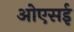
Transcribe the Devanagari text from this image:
ओएसई